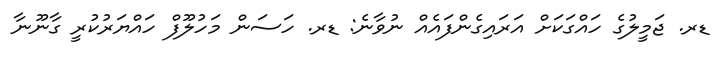
ޑރ. ޖަމީލުގެ ހައްގަކަށް އަރައިގެންފައެއް ނުވާނެ: ޑރ. ހަސަން މަހުލޫފް ހައްޔަރުކުރީ ގާނޫނާ